Scottish Leaving Certificate Examination, 1961
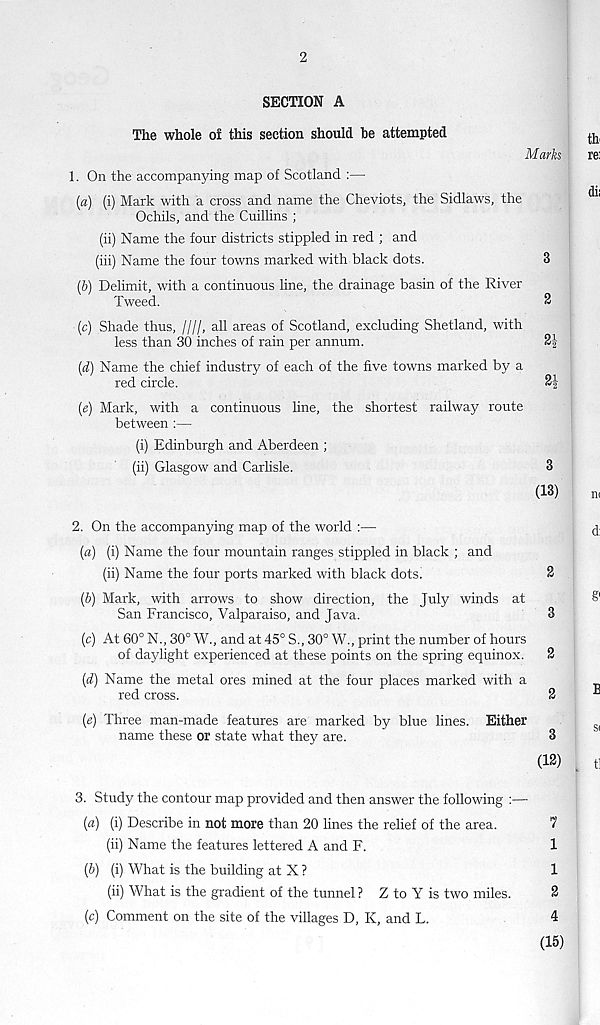
2
SECTION A
The whole of this section should be attempted
Marks
1. On the accompanying map of Scotland :—
(a) (i) Mark with a cross and name the Cheviots, the Sidlaws, the
Ochils, and the Cuillins ;
(ii) Name the four districts stippled in red ; and
(iii) Name the four towns marked with black dots.
3
(b) Delimit, with a continuous line, the drainage basin of the River
Tweed.
2
(c) Shade thus, ////, all areas of Scotland, excluding Shetland, with
less than 30 inches of rain per annum.
2%
(d) Name the chief industry of each of the five towns marked by a
red circle.
2%
(e) Mark, with a continuous line, the shortest railway route
between :—
(i) Edinburgh and Aberdeen ;
(ii) Glasgow and Carlisle.
3
(13)
2. On the accompanying map of the world :—
(a) (i) Name the four mountain ranges stippled in black ; and
(ii) Name the four ports marked with black dots!
2
(b) Mark, with arrows to show direction, the July winds at
San Francisco, Valparaiso, and Java.
3
(c) At 60° N., 30° W., and at 45° S., 30° W., print the number of hours
of daylight experienced at these points on the spring equinox. 2
(d) Name the metal ores mined at the four places marked with a
red cross.
2
(e) Three man-made features are marked by blue lines. Either
name these or state what they are.
3
(12)
3. Study the contour map provided and then answer the following :—•
(a) (i) Describe in not more than 20 lines the relief of the area.
7
(ii) Name the features lettered A and F.
1
(b) (i) What is the building at X ?
1
(ii) What is the gradient of the tunnel ? Z to Y is two miles.
2
(c) Comment on the site of the villages D, K, and L.
4
(15)